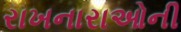
રાખનારાઓની